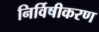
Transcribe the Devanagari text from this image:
निर्विषीकरण